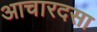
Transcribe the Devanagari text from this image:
आचारदसा